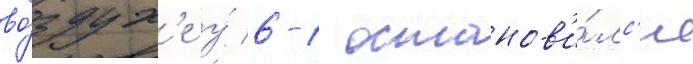
во́здух'е у́ 6-1 останов'и́лс'я